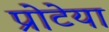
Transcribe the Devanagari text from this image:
प्रोटेया